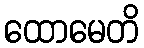
ထောမေတိ